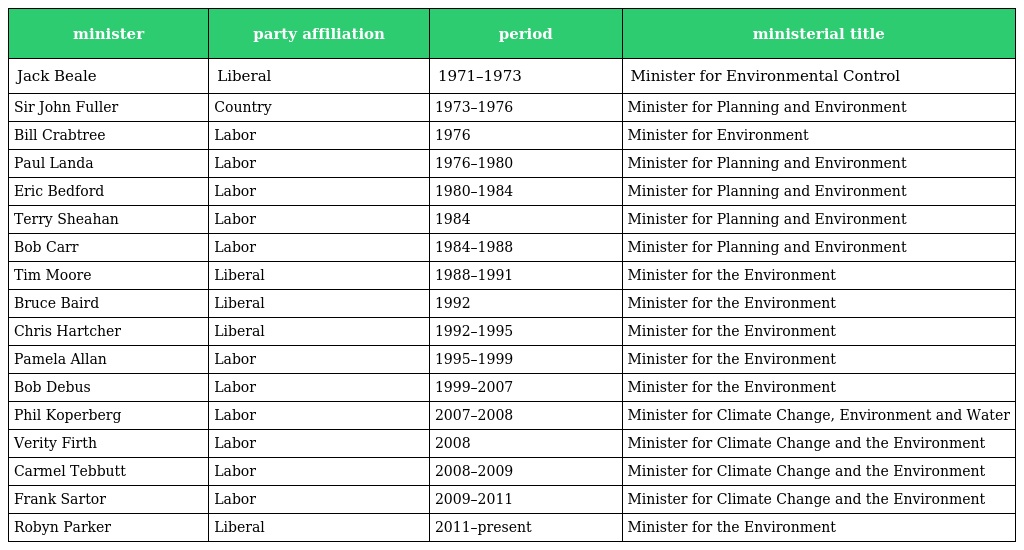
| minister | party affiliation | period | ministerial title |
 | --- | --- | --- | --- |
 | Jack Beale | Liberal | 1971–1973 | Minister for Environmental Control |
 | Sir John Fuller | Country | 1973–1976 | Minister for Planning and Environment |
 | Bill Crabtree | Labor | 1976 | Minister for Environment |
 | Paul Landa | Labor | 1976–1980 | Minister for Planning and Environment |
 | Eric Bedford | Labor | 1980–1984 | Minister for Planning and Environment |
 | Terry Sheahan | Labor | 1984 | Minister for Planning and Environment |
 | Bob Carr | Labor | 1984–1988 | Minister for Planning and Environment |
 | Tim Moore | Liberal | 1988–1991 | Minister for the Environment |
 | Bruce Baird | Liberal | 1992 | Minister for the Environment |
 | Chris Hartcher | Liberal | 1992–1995 | Minister for the Environment |
 | Pamela Allan | Labor | 1995–1999 | Minister for the Environment |
 | Bob Debus | Labor | 1999–2007 | Minister for the Environment |
 | Phil Koperberg | Labor | 2007–2008 | Minister for Climate Change, Environment and Water |
 | Verity Firth | Labor | 2008 | Minister for Climate Change and the Environment |
 | Carmel Tebbutt | Labor | 2008–2009 | Minister for Climate Change and the Environment |
 | Frank Sartor | Labor | 2009–2011 | Minister for Climate Change and the Environment |
 | Robyn Parker | Liberal | 2011–present | Minister for the Environment |